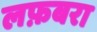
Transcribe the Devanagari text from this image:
लफ़बरा